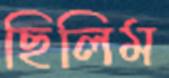
ছিলিম